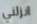
انزلني